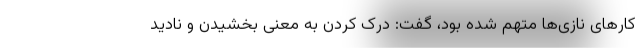
کارهای نازی‌ها متهم شده بود، گفت: درک کردن به معنی بخشیدن و نادید